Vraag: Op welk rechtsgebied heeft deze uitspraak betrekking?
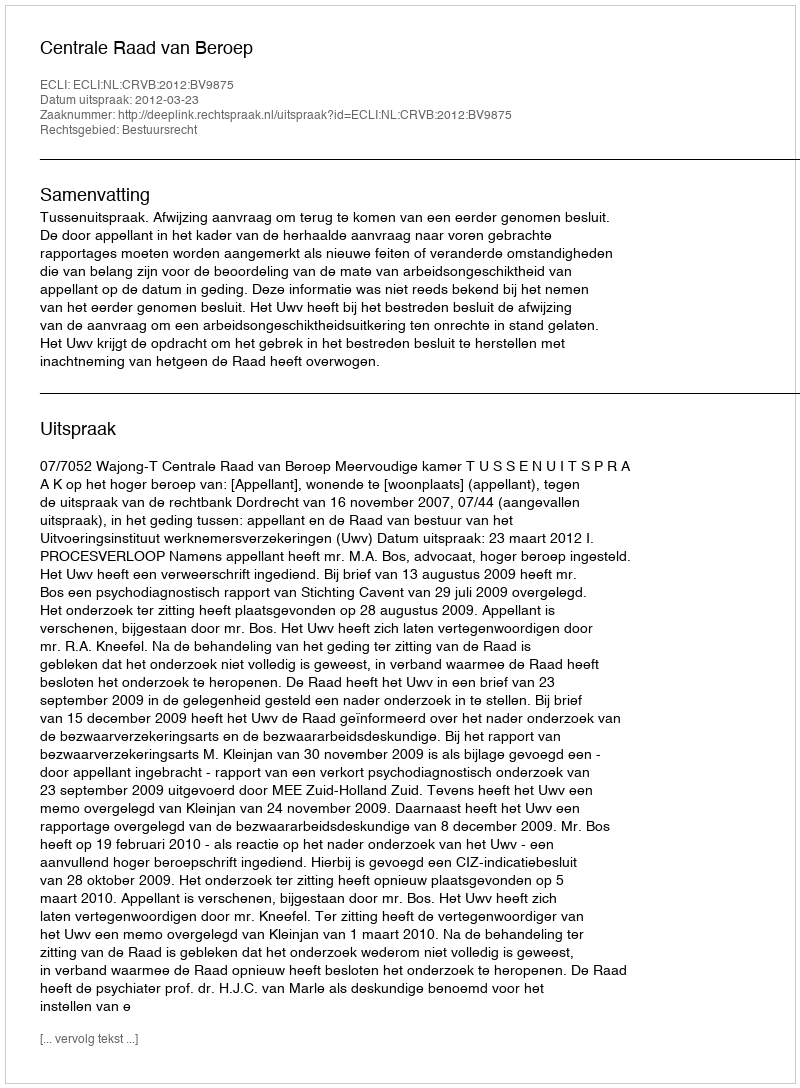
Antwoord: Bestuursrecht